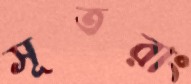
সূতরাং